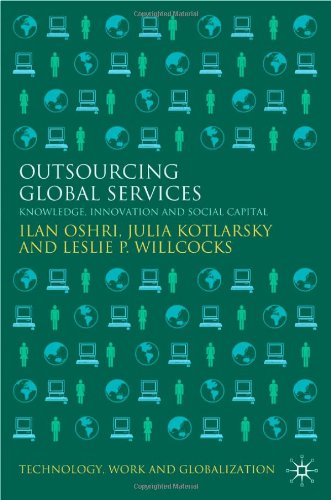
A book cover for Outsourcing Global Services: Knowledge, Innovation and Social Capital (Technology, Work and Globalization); Ilan Oshri; Business & Money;